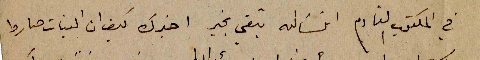
في المكتوب القادم انشالله تبقي بخير اخبرك كيف ان البنات صاروا